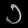
Digit: ၁